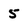
Character: 5